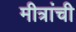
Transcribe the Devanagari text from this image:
मीत्रांची